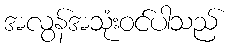
အလွန်အသုံးဝင်ပါသည်